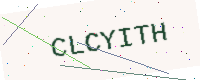
Text: CLCYITH